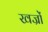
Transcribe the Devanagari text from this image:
खज्रों